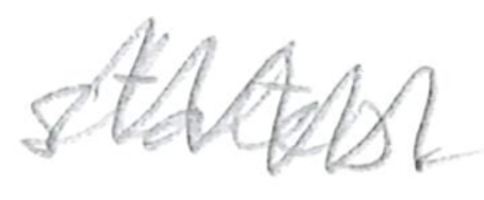
Text: states.
Cross-out: mix
Writing tool: pencil